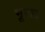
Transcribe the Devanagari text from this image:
भूरळ